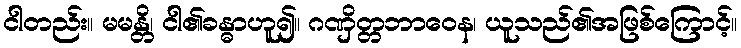
ငါတည်း။ မမန္တိ၊ ငါ၏ခန္ဓာဟူ၍။ ဂဏှိတ္တဘာဝေန၊ ယူသည်၏အဖြစ်ကြောင့်။